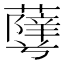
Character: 𱾹